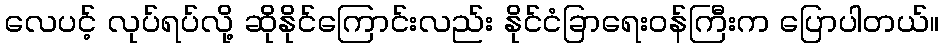
လေပင့် လုပ်ရပ်လို့ ဆိုနိုင်ကြောင်းလည်း နိုင်ငံခြာရေးဝန်ကြီးက ပြောပါတယ်။